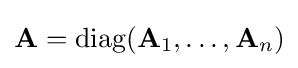
\mathbf {A} =\operatorname {diag} (\mathbf {A} _{1},\dots ,\mathbf {A} _{n})